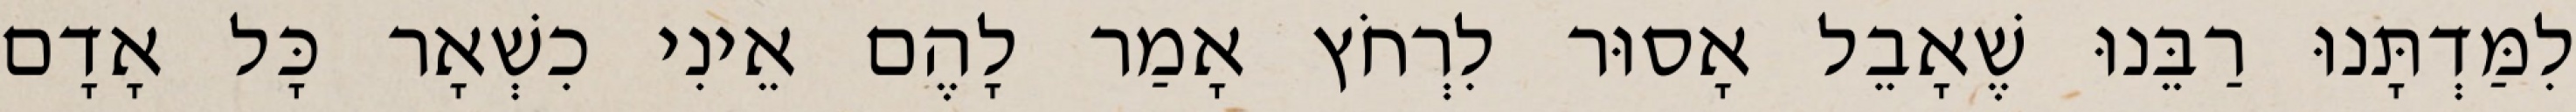
לִמַּדְתָּנוּ רַבֵּנוּ שֶׁאָבֵל אָסוּר לִרְחֹץ אָמַר לָהֶם אֵינִי כִשְׁאָר כָּל אָדָם